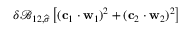
\delta \mathcal { B } _ { 1 2 , \widehat { \boldsymbol { \sigma } } } \left[ ( \mathbf { c } _ { 1 } \cdot \mathbf { w } _ { 1 } ) ^ { 2 } + ( \mathbf { c } _ { 2 } \cdot \mathbf { w } _ { 2 } ) ^ { 2 } \right]